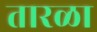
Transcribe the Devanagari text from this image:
तारळा